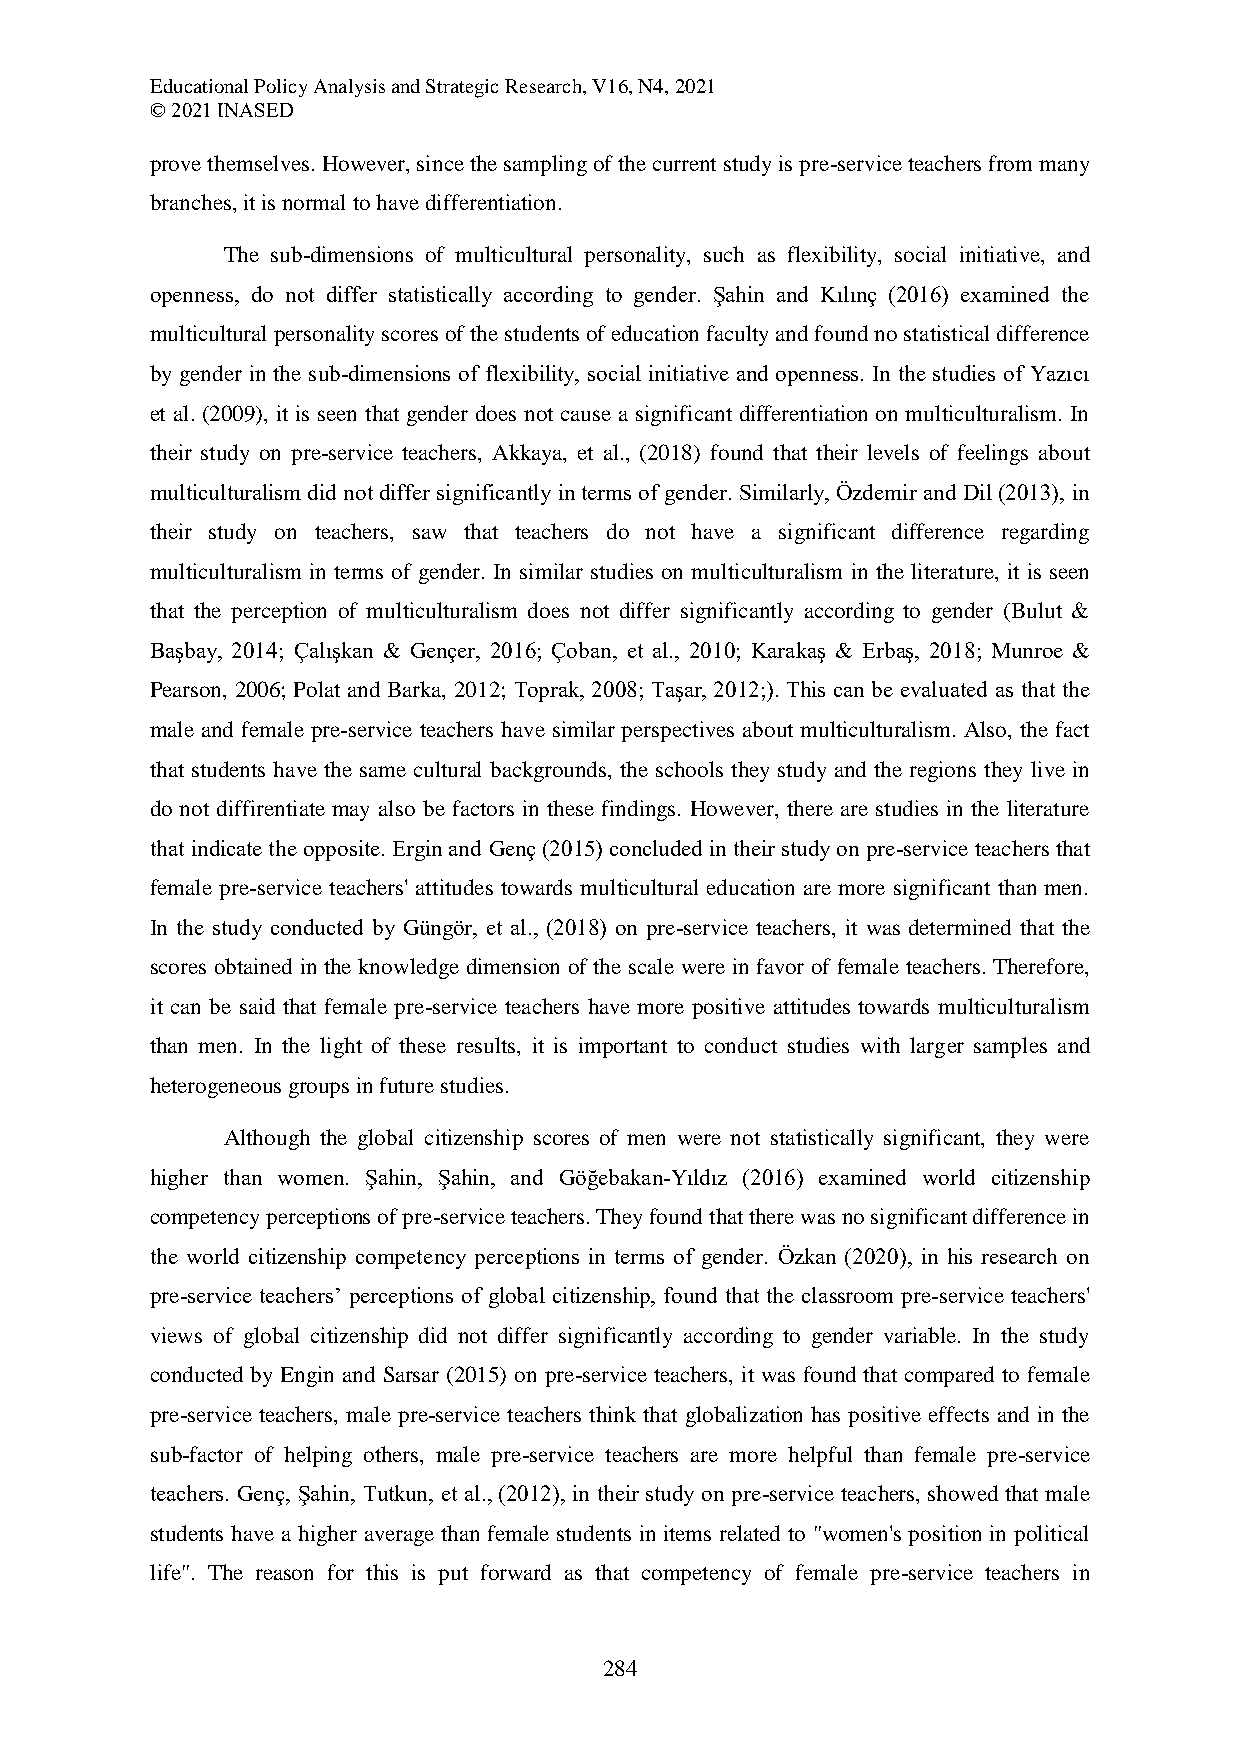
Educational Policy Analysis and Strategic Research, V16, N4, 2021
 © 2021 INASED
 prove themselves. However, since the sampling of the current study is pre-service teachers from many
 branches, it is normal to have differentiation.
 The sub-dimensions of multicultural personality, such as flexibility, social initiative, and
 openness, do not differ statistically according to gender. Şahin and Kılınç (2016) examined the
 multicultural personality scores of the students of education faculty and found no statistical difference
 by gender in the sub-dimensions of flexibility, social initiative and openness. In the studies of Yazıcı
 et al. (2009), it is seen that gender does not cause a significant differentiation on multiculturalism. In
 their study on pre-service teachers, Akkaya, et al., (2018) found that their levels of feelings about
 multiculturalism did not differ significantly in terms of gender. Similarly, Özdemir and Dil (2013), in
 their study on teachers, saw that teachers do not have a significant difference regarding
 multiculturalism in terms of gender. In similar studies on multiculturalism in the literature, it is seen
 that the perception of multiculturalism does not differ significantly according to gender (Bulut &
 Başbay, 2014; Çalışkan & Gençer, 2016; Çoban, et al., 2010; Karakaş & Erbaş, 2018; Munroe &
 Pearson, 2006; Polat and Barka, 2012; Toprak, 2008; Taşar, 2012;). This can be evaluated as that the
 male and female pre-service teachers have similar perspectives about multiculturalism. Also, the fact
 that students have the same cultural backgrounds, the schools they study and the regions they live in
 do not diffirentiate may also be factors in these findings. However, there are studies in the literature
 that indicate the opposite. Ergin and Genç (2015) concluded in their study on pre-service teachers that
 female pre-service teachers' attitudes towards multicultural education are more significant than men.
 In the study conducted by Güngör, et al., (2018) on pre-service teachers, it was determined that the
 scores obtained in the knowledge dimension of the scale were in favor of female teachers. Therefore,
 it can be said that female pre-service teachers have more positive attitudes towards multiculturalism
 than men. In the light of these results, it is important to conduct studies with larger samples and
 heterogeneous groups in future studies.
 Although the global citizenship scores of men were not statistically significant, they were
 higher than women. Şahin, Şahin, and Göğebakan-Yıldız (2016) examined world citizenship
 competency perceptions of pre-service teachers. They found that there was no significant difference in
 the world citizenship competency perceptions in terms of gender. Özkan (2020), in his research on
 pre-service teachers’ perceptions of global citizenship, found that the classroom pre-service teachers'
 views of global citizenship did not differ significantly according to gender variable. In the study
 conducted by Engin and Sarsar (2015) on pre-service teachers, it was found that compared to female
 pre-service teachers, male pre-service teachers think that globalization has positive effects and in the
 sub-factor of helping others, male pre-service teachers are more helpful than female pre-service
 teachers. Genç, Şahin, Tutkun, et al., (2012), in their study on pre-service teachers, showed that male
 students have a higher average than female students in items related to "women's position in political
 life". The reason for this is put forward as that competency of female pre-service teachers in
 284